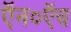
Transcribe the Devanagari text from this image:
ऍन०ऍच